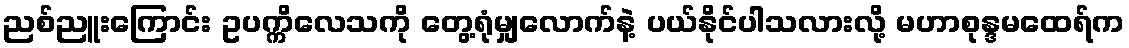
ညစ်ညူးကြောင်း ဥပက္ကိလေသကို တွေ့ရုံမျှလောက်နဲ့ ပယ်နိုင်ပါသလားလို့ မဟာစုန္ဒမထေရ်က